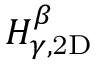
H _ { \gamma , \mathrm { 2 D } } ^ { \beta }